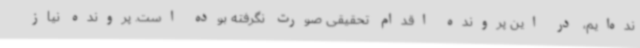
نده‌ایم، در این پرونده اقدام تحقیقی صورت نگرفته بوده است. پرونده نیاز